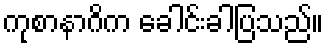
ကုစာနာဂိက ခေါင်းခါပြသည်။